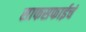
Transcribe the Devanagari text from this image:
साफसफाईचं